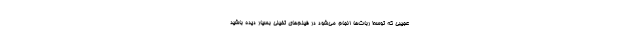
عجیبی که توسط ربات‌ها انجام می‌شود در فیلم‌های تخیلی بسیار دیده باشید